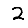
Digit: 2